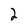
Character: 2